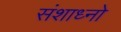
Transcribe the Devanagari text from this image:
संशाध्नो